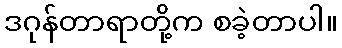
ဒဂုန်တာရာတို့က စခဲ့တာပါ။